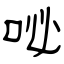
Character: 咇